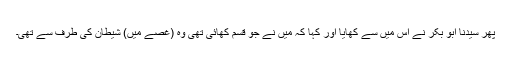
پھر سیدنا ابو بکرؓ نے اس میں سے کھایا اور کہا کہ میں نے جو قسم کھائی تھی وہ (غصے میں) شیطان کی طرف سے تھی۔